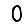
Digit: 0